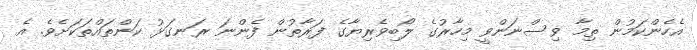
އެހެންކަމުން ތިމާ ވިސްނަންވީ މިހާރުގެ ލޯބިވެރިޔާގެ ފަރާތުން ފެންނަ ރަނގަޅު ކަންތައްތަކަށެވެ. އެ